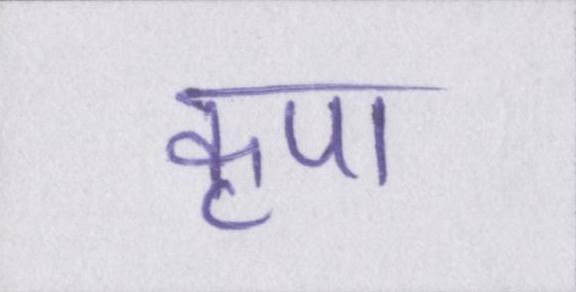
कृपा